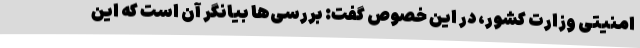
امنیتی وزارت کشور، در این خصوص گفت: بررسی‌ها بیانگر آن است که این